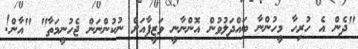
"ދެން އެ ހުރިހާ މީހުންނާ ބައްދަލުވުން އޮންނާނީ ވަޒީފާއަށް ނުކުންނަން ޖެހުނީމަތާ" "އާން!